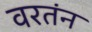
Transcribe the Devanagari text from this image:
वरतंन